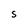
Character: S